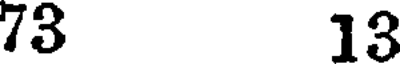
73 13